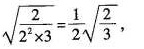
\sqrt{ \frac{2}{2^{2} \times 3}}= \frac{1}{2} \sqrt{ \frac{2}{3}},